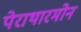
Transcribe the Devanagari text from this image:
पेराथारमोन